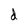
Character: d